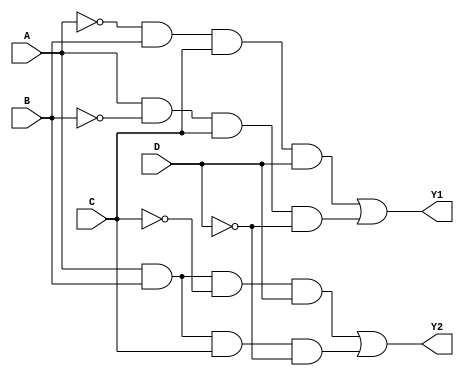
module jewel_pal (
    input wire A,      // Input A
    input wire B,      // Input B
    input wire C,      // Input C
    input wire D,      // Input D
    output wire Y1,    // Output Y1
    output wire Y2     // Output Y2
    // Add more outputs as needed
);

// Define the number of programmable AND gates
parameter NUM_AND_GATES = 4;

// Define the programmable AND array
reg [NUM_AND_GATES-1:0] and_out; // Outputs from AND gates

// Define the programmable connections for AND gates
// Each bit represents whether the input is used (1) or not (0)
// For simplicity, we will use a fixed configuration here
// In a real implementation, these would be programmed based on the desired logic
wire [NUM_AND_GATES-1:0] and_inputs [3:0]; // 4 inputs for each AND gate

assign and_inputs[0] = {~A, B, C, D}; // AND gate 0: ~A AND B AND C AND D
assign and_inputs[1] = {A, ~B, C, ~D}; // AND gate 1: A AND ~B AND C AND ~D
assign and_inputs[2] = {A, B, ~C, D}; // AND gate 2: A AND B AND ~C AND D
assign and_inputs[3] = {A, B, C, ~D}; // AND gate 3: A AND B AND C AND ~D

// Generate the AND gate outputs
genvar i;
generate
    for (i = 0; i < NUM_AND_GATES; i = i + 1) begin : and_gates
        assign and_out[i] = and_inputs[i][3] & and_inputs[i][2] & and_inputs[i][1] & and_inputs[i][0];
    end
endgenerate

// Fixed OR array
assign Y1 = and_out[0] | and_out[1]; // Output Y1: OR of AND gate 0 and 1
assign Y2 = and_out[2] | and_out[3]; // Output Y2: OR of AND gate 2 and 3
// Add more OR gates as needed for additional outputs

endmodule